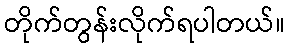
တိုက်တွန်းလိုက်ရပါတယ်။